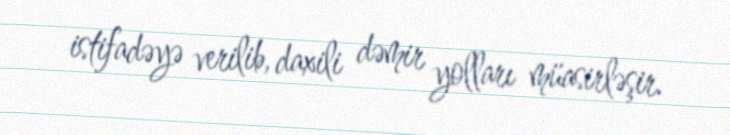
istifadəyə verilib, daxili dəmir yolları müasirləşir.